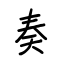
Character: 奏